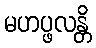
မဟပ္ဖလန္တိ